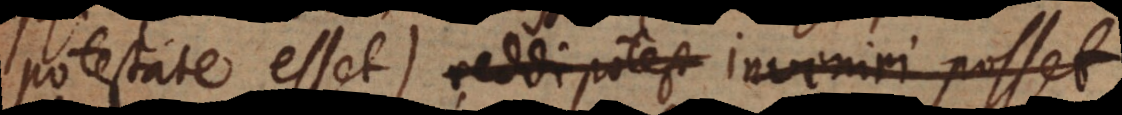
potestate esset) reddi potest inveniri posset,